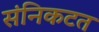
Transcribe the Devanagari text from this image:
संनिकटत